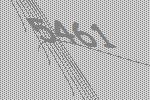
5461